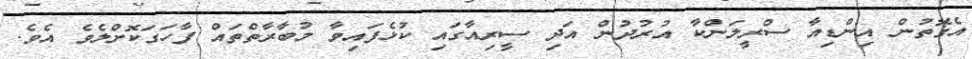
އެގޮތުން އިންޑިއާ ސްރީލަންކާ އުރުދުން އަދި ސީރިއާގައި ކުޅެފައިވާ މުބާރާތްތައް ފާހަަގަކޮށްލެވެ އެވެ.